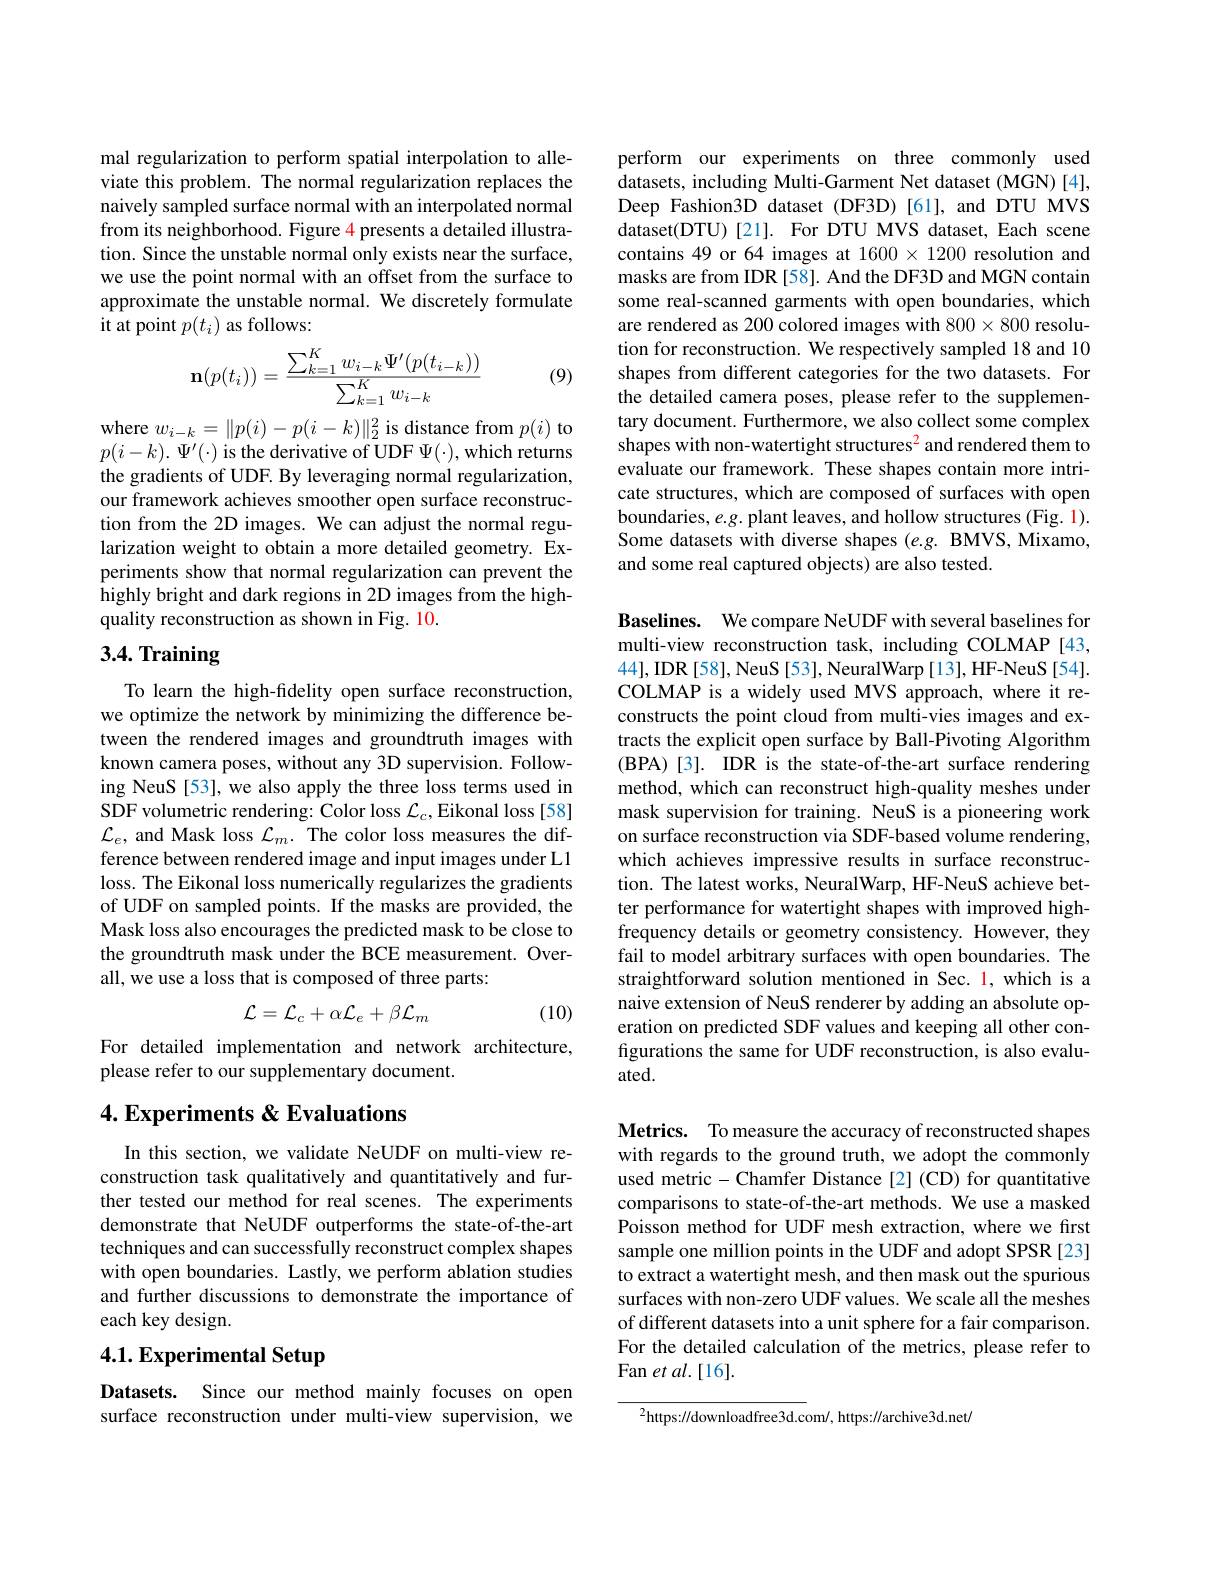
mal regularization to perform spatial interpolation to alleviate this problem. The normal regularization replaces the naively sampled surface normal with an interpolated normal from its neighborhood. Figure 4 presents a detailed illustration. Since the unstable normal only exists near the surface, we use the point normal with an offset from the surface to approximate the unstable normal. We discretely formulate it at point $p(t_i)$ as follows:
$$\mathbf{n}(p(t_i))=\frac{\sum_{k=1}^Kw_{i-k}\Psi'(p(t_{i-k}))}{\sum_{k=1}^Kw_{i-k}}$$
(9)

where $w_i-k=\|p(i)-p(i-k)\|_2^2$ is distance from $p(i)$ to $p(i-k).\Psi^{\prime}(\cdot)$ is the derivative of UDF $\Psi(\cdot)$,which returns the gradients of UDF. By leveraging normal regularization, our framework achieves smoother open surface reconstruction from the 2D images. We can adjust the normal regularization weight to obtain a more detailed geometry. Experiments show that normal regularization can prevent the highly bright and dark regions in 2D images from the highquality reconstruction as shown in Fig. 10.

# 3.4. Training

To learn the high-fidelity open surface reconstruction, we optimize the network by minimizing the difference between the rendered images and groundtruth images with known camera poses, without any 3D supervision. Following NeuS [53], we also apply the three loss terms used in SDF volumetric rendering: Color loss $\mathcal{L}_c$,Eikonal loss[58] $\mathcal{L}_e$, and Mask loss $\mathcal{L}_m.$ The color loss measures the difference between rendered image and input images under L1 loss. The Eikonal loss numerically regularizes the gradients of UDF on sampled points. If the masks are provided, the Mask loss also encourages the predicted mask to be close to the groundtruth mask under the BCE measurement. Overall, we use a loss that is composed of three parts:
$$\mathcal{L}=\mathcal{L}_{c}+\alpha\mathcal{L}_{e}+\beta\mathcal{L}_{m}$$
(10)

For detailed implementation and network architecture,
please refer to our supplementary document.

## 4. Experiments & Evaluations

In this section, we validate NeUDF on multi-view reconstruction task qualitatively and quantitatively and further tested our method for real scenes. The experiments demonstrate that NeUDF outperforms the state-of-the-art techniques and can successfully reconstruct complex shapes with open boundaries. Lastly, we perform ablation studies and further discussions to demonstrate the importance of each key design.

## 4.1. Experimental Setup

Datasets. Since our method mainly focuses on open surface reconstruction under multi-view supervision, we

perform our experiments on three commonly used datasets, including Multi-Garment Net dataset (MGN) [4], Deep Fashion3D dataset (DF3D)[61], and DTU MVS dataset(DTU) [21]. For DTU MVS dataset, Each scene contains 49 or 64 images at $1600\times1200$ resolution and masks are from IDR [58]. And the DF3D and MGN contain some real-scanned garments with open boundaries, which are rendered as 200 colored images with 800×800 resolution for reconstruction. We respectively sampled 18 and 10 shapes from different categories for the two datasets. For the detailed camera poses, please refer to the supplementary document. Furthermore, we also collect some complex shapes with non-watertight structures$^2$ and rendered them to evaluate our framework. These shapes contain more intricate structures, which are composed of surfaces with open boundaries, $e.g.$ plant leaves, and hollow structures (Fig. 1). Some datasets with diverse shapes (e.g. BMVS, Mixamo, and some real captured objects) are also tested.

Baselines. We compare NeUDF with several baselines for multi-view reconstruction task, including COLMAP [43, 44],IDR[58], NeuS[53], NeuralWarp[13], HF-NeuS[54]. COLMAP is a widely used MVS approach, where it reconstructs the point cloud from multi-vies images and extracts the explicit open surface by Ball-Pivoting Algorithm (BPA) [ 3] . IDR is the state- of- the- art surface rendering method, which can reconstruct high-quality meshes under mask supervision for training. NeuS is a pioneering work on surface reconstruction via SDF-based volume rendering, which achieves impressive results in surface reconstruction. The latest works, NeuralWarp, HF-NeuS achieve better performance for watertight shapes with improved highfrequency details or geometry consistency. However, they fail to model arbitrary surfaces with open boundaries. The straightforward solution mentioned in Sec. 1, which is a naive extension of NeuS renderer by adding an absolute operation on predicted SDF values and keeping all other configurations the same for UDF reconstruction, is also evaluated.

Metrics. To measure the accuracy of reconstructed shapes with regards to the ground truth, we adopt the commonly used metric- Chamfer Distance [2] (CD) for quantitative comparisons to state-of-the-art methods. We use a masked Poisson method for UDF mesh extraction, where we first sample one million points in the UDF and adopt SPSR [23] to extract a watertight mesh, and then mask out the spurious surfaces with non-zero UDF values. We scale all the meshes of different datasets into a unit sphere for a fair comparison. For the detailed calculation of the metrics, please refer to Fan et al.[16].

$^2$https://downloadfree3d.com/, https://archive3d.net/